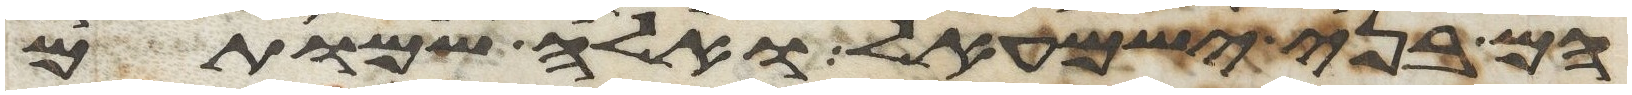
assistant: הם בני ישמעאל ואלה שמותם